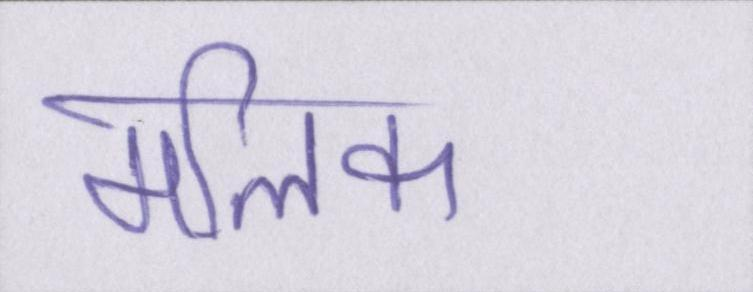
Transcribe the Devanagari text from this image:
मलिक